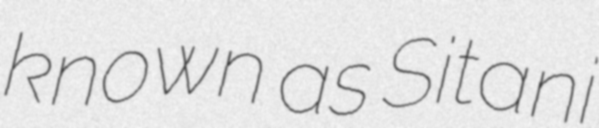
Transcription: known as Sitani